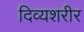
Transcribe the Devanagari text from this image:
दिव्यशरीर